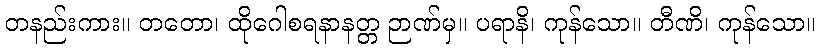
တနည်းကား။ တတော၊ ထိုဂေါစရနာနတ္တ ဉာဏ်မှ။ ပရာနိ၊ ကုန်သော။ တီဏိ၊ ကုန်သော။